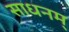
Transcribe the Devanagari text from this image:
साधनम्